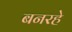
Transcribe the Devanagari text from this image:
बनरहे